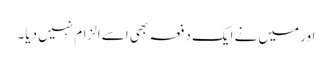
اور میں نے ایک دفعہ بھی اسے الزام نہیں دیا۔